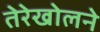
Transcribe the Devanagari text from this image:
तेरेखोलने